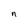
Character: n